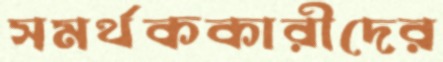
সমর্থককারীদের